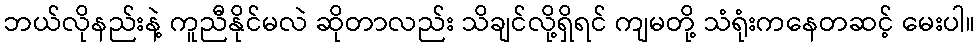
ဘယ်လိုနည်းနဲ့ ကူညီနိုင်မလဲ ဆိုတာလည်း သိချင်လို့ရှိရင် ကျမတို့ သံရုံးကနေတဆင့် မေးပါ။